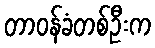
တာဝန်ခံတစ်ဦးက